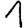
Digit: 1